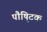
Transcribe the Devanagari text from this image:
पौषि्टक